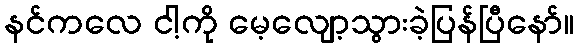
နင်ကလေ ငါ့ကို မေ့လျော့သွားခဲ့ပြန်ပြီနော်။